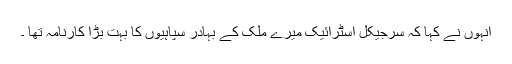
انہوں نے کہا کہ سرجیکل اسٹرائیک میرے ملک کے بہادر سپاہیوں کا بہت بڑا کارنامہ تھا ۔